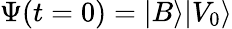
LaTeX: \Psi(t=0)=|B\rangle|V_{0}\rangle